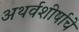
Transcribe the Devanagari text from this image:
अथर्वशीर्षाचे